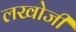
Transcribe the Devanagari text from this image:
लखोजी